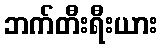
ဘက်တီးရီးယား